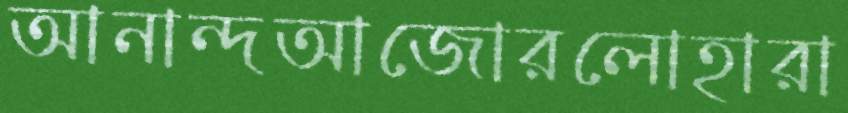
আনান্দআজোরলোহারা